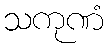
သကုဏံ